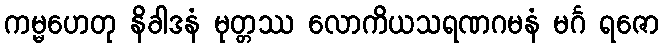
ကမ္မဟေတု နိခါဒနံ မုတ္တဿ လောကိယသရဏဂမနံ မင်္ဂ ရဇော